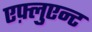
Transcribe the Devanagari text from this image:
एफ़्लुएन्ट